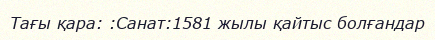
Тағы қара: :Санат:1581 жылы қайтыс болғандар